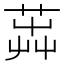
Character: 𦴬